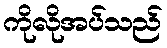
ကိုလိုအပ်သည်